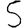
Digit: 5